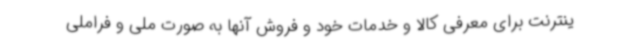
ینترنت برای معرفی کالا و خدمات خود و فروش آنها به صورت ملی و فراملی